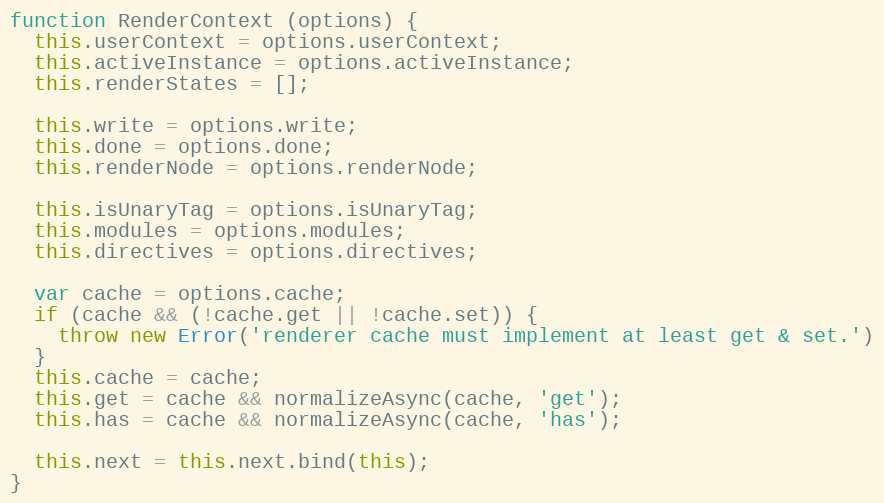
Language: JavaScript
function RenderContext (options) {
  this.userContext = options.userContext;
  this.activeInstance = options.activeInstance;
  this.renderStates = [];

  this.write = options.write;
  this.done = options.done;
  this.renderNode = options.renderNode;

  this.isUnaryTag = options.isUnaryTag;
  this.modules = options.modules;
  this.directives = options.directives;

  var cache = options.cache;
  if (cache && (!cache.get || !cache.set)) {
    throw new Error('renderer cache must implement at least get & set.')
  }
  this.cache = cache;
  this.get = cache && normalizeAsync(cache, 'get');
  this.has = cache && normalizeAsync(cache, 'has');

  this.next = this.next.bind(this);
}